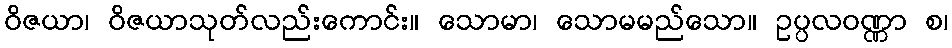
ဝိဇယာ၊ ဝိဇယာသုတ်လည်းကောင်း။ သောမာ၊ သောမမည်သော။ ဥပ္ပလဝဏ္ဏာ စ၊